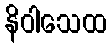
နိဝါသေထ